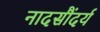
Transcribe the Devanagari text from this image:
नादसौंदर्य